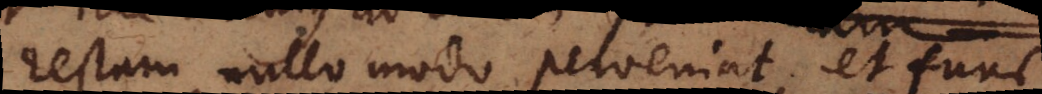
rectam nullo modo perveniat, et tunc